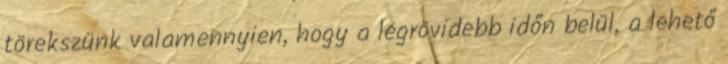
törekszünk valamennyien, hogy a legrövidebb időn belül, a lehető